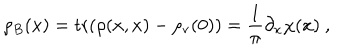
\rho _ { B } ( x ) = \mathrm { t r } ( \rho ( x , x ) - \rho _ { \mathrm { v } } ( 0 ) ) = \frac { 1 } { \pi } \partial _ { x } \chi ( x ) \ ,